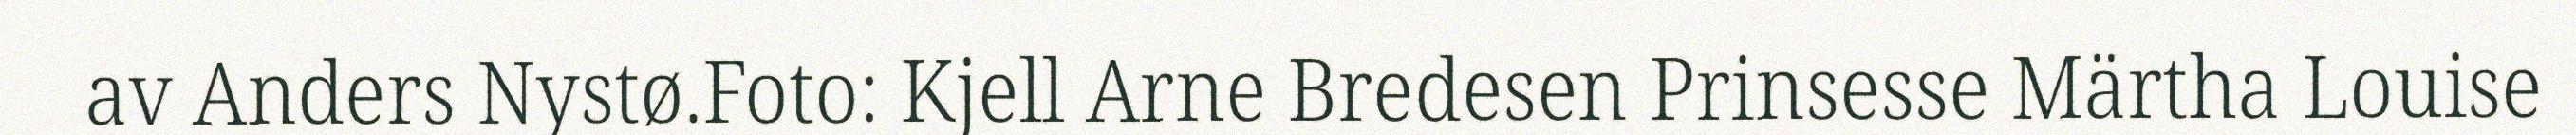
av Anders Nystø.Foto: Kjell Arne Bredesen Prinsesse Märtha Louise